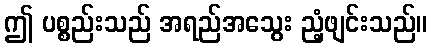
ဤ ပစ္စည်းသည် အရည်အသွေး ညံ့ဖျင်းသည်။